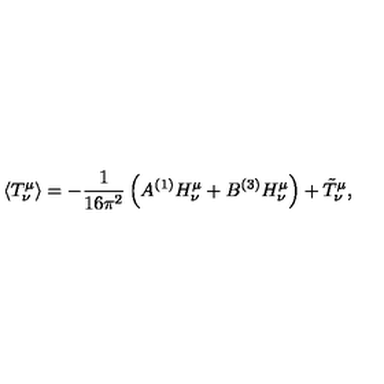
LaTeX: \langle T _ { \nu } ^ { \mu } \rangle = - { \frac { 1 } { 1 6 \pi ^ { 2 } } } \left( A { } ^ { ( 1 ) } H _ { \nu } ^ { \mu } + B { } ^ { ( 3 ) } H _ { \nu } ^ { \mu } \right) + \tilde { T } _ { \nu } ^ { \mu } ,